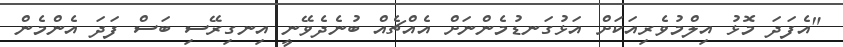
"އެފަދަ މޮޅު އިލްމުވެރިއަކަށް އަޅުގަނޑުމެންނަށް އެއްޗެއް ބުނެދެވޭނީ އިނގިރޭސި ބަސް ފަދަ އެންމެން